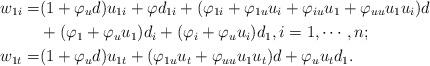
LaTeX: \begin{align*} w_{1i} =& (1 +\varphi_u d)u_{1i} + \varphi d_{1i} + (\varphi _{1i}+\varphi _{1u} u_i+\varphi _{iu} u_1+ \varphi _{uu} u_1 u_i) d \\ &+ (\varphi _1 + \varphi _{u} u_1 ) d_i + (\varphi _i +\varphi _{u} u_i )d_1, i =1, \cdots, n; \\ w_{1t} =& (1 +\varphi_u d)u_{1t} + (\varphi _{1u} u_t+ \varphi _{uu} u_1 u_t)d +\varphi _{u} u_t d_1.\end{align*}